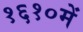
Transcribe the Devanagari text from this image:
१६१०में